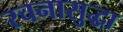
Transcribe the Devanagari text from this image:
रचनासुद्धा